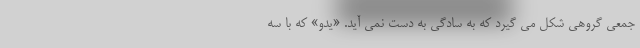
جمعی گروهی شکل می گیرد که به سادگی به دست نمی آید. «یدو» که با سه